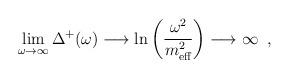
LaTeX: \begin{align*}\lim_{\omega\rightarrow\infty}\Delta^{+}(\omega)\longrightarrow \ln\left(\frac{\omega^{2}}{m_{\mbox{\scriptsize eff}}^{2}}\right)\longrightarrow\infty \;\;,\end{align*}